Calcutta medical institutions reports 1892-1900
Year: 1892
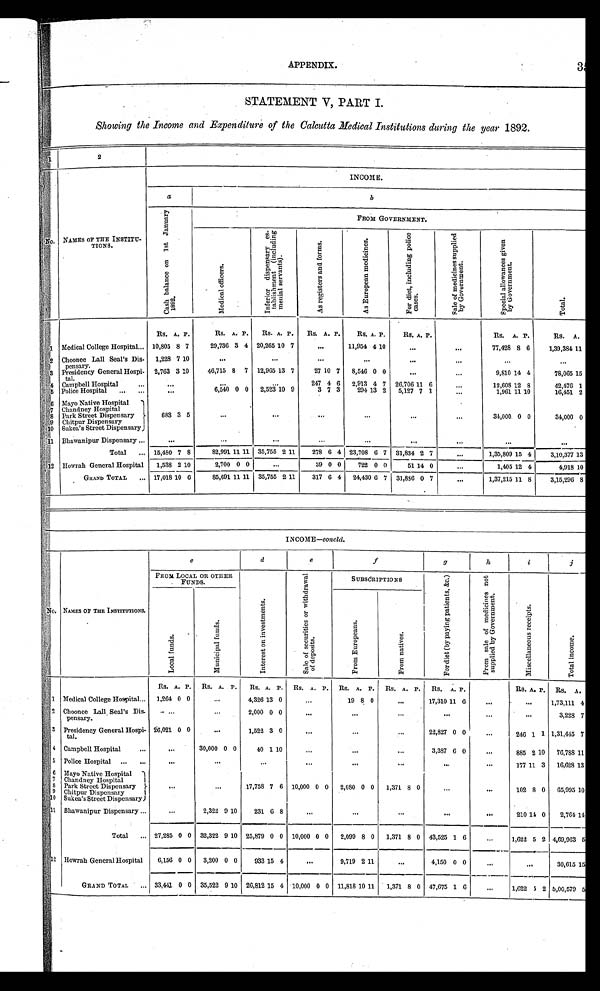
APPENDIX. 35
STATEMENT V, PART I.
Showing the Income and Expenditure of the Calcutta Medical Institutions during the year 1892.
1
2
N o .
NAMES OF THE INSTITU-
TIONS.
INCOME.
a
b
C a s h b a l a n c e o n 1 s t J a n u a r y 1 8 9 2 .
FROM GOVERNMENT.
M e d i c a l o f f i c e r s .
I n f e r i o r d i s p e n s a r y e s -
t a b l i s h m e n t ( i n c l u d i n g
m e n i a l s e r v a n t s ) .
A s r e g i s t e r s a n d f o r m s .
A s E u r o p e a n m e d i c i n e s .
F o r d i e t , i n c l u d i n g p o l i c e
c a s e s .
S a l e o f m e d i c i n e s s u p p l i e d
b y G o v e r n m e n t .
S p e c i a l a l l o w a n c e s g i v e n
b y G o v e r n m e n t .
Rs. A. P.
Rs. A. P. Rs. A. P . Rs. A. P. Rs. A. P. Rs. A. P.
Rs. A. P.
RS. A.
1 Medical College Hospital 10,805 8 7
29,736 3 4 20,265 10 7
11,954 4 10
77,428 8 6 1,39,384 11
2 Choonee Lall Seal's Dis-
pe nsary.
1,228 7 10
3 Presidency General Hospi-
tal.
2,763 3 1 0 46,715 8 7 12,965 13 7
27 10 7 8,546 0 0
9,810 14 4
78,065 15
4 Campbell Hospital
247 4 6 2,913 4 7 26,706 11 6
12,608 12 8
42,476 1
5 Police Hospital
6,540 0 0 2,523 1 0 9
3 7 3 294 1 3 2 5,127 7 1
1,961 11 10
16,451 2
6 Mayo Native Hospital
683 3 5
34,000 0 0
34,000 0
7 Chandney Hospital
8 Park Street Dispensary
9 Chitpur Dispensary
10 Sukea's Street Dispensary
11 Bhawanipur Dispensary
Total
15,480 7 8
82,991 11 11 35,755 2 11 278 6 4 23,708 6 7 31,834 2 7
1,35,809 15 4 3,10,377 13
1 2 Howrah General Hospital 1,538 2 10
2,700 0 0
3 9
0 0 722 0 0
51 14 0
1,405 12 4 4,918 10
GRAND TOTAL
17,018 10 6
85,691 11 11 35,755 2 11 317 6 4 24,430 6 7 31,886 0 7
1,37,215 11 8 3,15,296 8
INCOME—concld.
No. NAMES OF THE INSTITUTIONS.
c
d
e
f
g
h
i
j
FROM LOCAL OR OTHER
FUNDS.
I n t e r e s t o n i n v e s t m e n t s .
S a l e o f s e c u r i t i e s o r w i t h d r a w a l
o f d e p o s i t s .
SUBSCRIPTIONS
F o r d i e t ( b y p a y i n g p a t i e n t s , & c . ) F r o m s a l e o f m e d i c i n e s n o t
s u p p l i e d b y G o v e r n m e n t .
M i s c e l l a n e o u s r e c e i p t s .
T o t a l i n c o m e .
L o c a l f u n d s .
M u n i c i p a l f u n d s .
F r o m E u r o p e a n s .
F r o m n a t i v e s .
Rs. A. P. Rs. A. P. Rs. A. P. Rs. A. P. Rs. A. P. Rs. A. P. Rs. A . P.
Rs. A. P. Rs. A.
1 Medical College Hospital 1,264 0 0
4,326 13 0
19 8 0
17,310 11 6
1,73,111 4
2 Choonee Lall Seal's Dis-
pensary.
2,000 0 0
3,228 7
3 Presidency General Hospi-
t a l .
26,021 0 0
1,522 3 0
22,827 0 0
246 1 1 1,31,445 7
4 Campbell Hospital
30,000 0 0
40 1 1 0
3,387 6 0
885 2 1 0 76,788 11
5 Police Hospital
177 11 3 16,628 13
6 Mayo Native Hospital
17,758 7 6 10,000 0 0 2,080 0 0 1,371 8 0
102 8 0 65,995 10
7 Chandney Hospital
8 Park Street Dispensary
9 Chitpur Dispensary
10
S u k e a ' s S t r e e t D i s p e n s a r y
11. Bhawanipur Dispensary
2,322 9 10 231 6 8
210 14 0 2,764 1 4
T o t a l 27,285 0 0 32,322 9 10 25,879 0 0 10,000 0 0 2,099
8
0 1,371 8 0 43,525 1 6
1,622 5 2 4,69,963 5
1 2 Howrah General Hospital 6,156 0 0 3,200 0 0 933 15 4
9,719 2 11
4,150 0 0
30,615 15
GRAND TOTAL
33,441 0 0 35,522 9 10 26,812 15 4 10,000 0 0 11,818 10 11 1,371 8 0 47,675 1 6
1,622 5 2 5,00,579 5